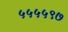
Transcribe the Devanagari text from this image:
५५५५९७